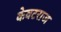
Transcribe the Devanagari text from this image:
केवटराज